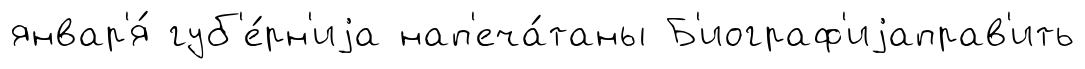
январ'я́ губ'е́рн'иjа нап'еча́таны Б'иограф'иjаправ'ить